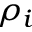
\rho _ { i }